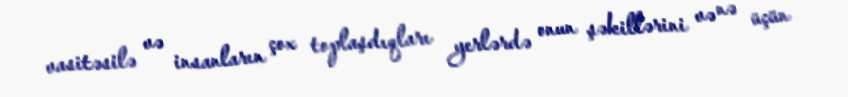
vasitəsilə və insanların çox toplaşdıqları yerlərdə onun şəkillərini və nə üçün